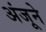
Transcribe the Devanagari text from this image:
अंजूने